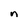
Character: n